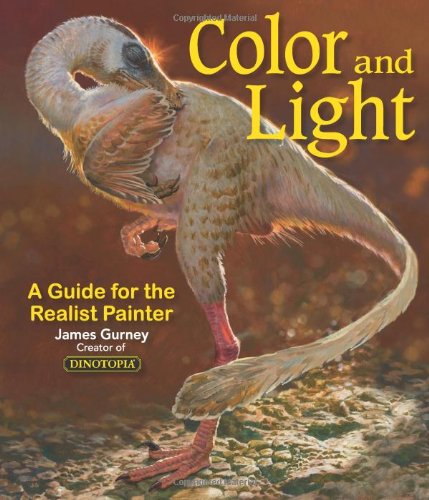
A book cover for Color and Light: A Guide for the Realist Painter; James Gurney; Arts & Photography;